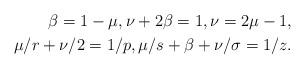
LaTeX: \begin{align*} \beta=1-\mu, \nu+2\beta=1, \nu=2\mu-1,\\\mu/r+\nu/2=1/p, \mu/s+\beta+\nu/\sigma=1/z.\end{align*}